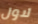
لاول